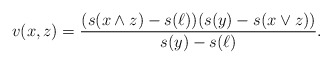
\begin{align*}v(x,z)=\frac{(s(x\wedge z)-s(\ell))(s(y)-s(x\vee z))}{s(y)-s(\ell)}.\end{align*}